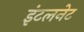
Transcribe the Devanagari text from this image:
इंटलनेट